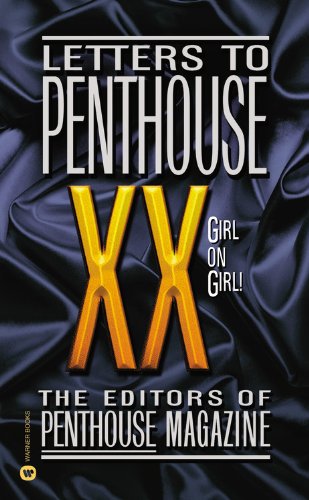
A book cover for Letters to Penthouse XX: Girl on Girl (No. 20); Penthouse International; Romance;